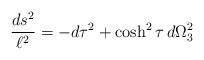
LaTeX: \begin{align*}{ds^2\over\ell^2} = - d\tau^2 + \cosh^2 \tau\, d\Omega_3^2\end{align*}